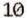
10